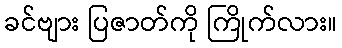
ခင်ဗျား ပြဇာတ်ကို ကြိုက်လား။